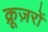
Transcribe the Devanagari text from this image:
क्रूज़रों